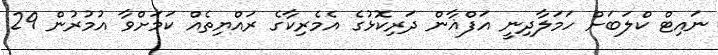
ނައިޓް ކްލަބަށް ހަމަލާދިނީ އަފްޣާން ދަރިކޮޅުގެ އެމެރިކާގެ ރައްޔިތެއް ކަމަށްވާ އުމުރުން 29